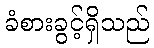
ခံစားခွင့်ရှိသည်